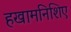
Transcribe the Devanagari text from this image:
हखामनिशिए